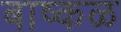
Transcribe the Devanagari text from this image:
बाष्कळ